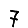
Digit: 7